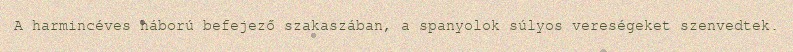
A harmincéves háború befejező szakaszában, a spanyolok súlyos vereségeket szenvedtek.